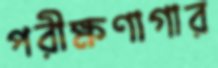
পরীক্ষণাগার